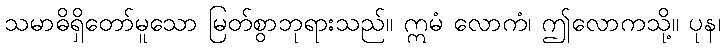
သမာဓိရှိတော်မူသော မြတ်စွာဘုရားသည်။ ဣမံ လောကံ၊ ဤလောကသို့။ ပုန၊